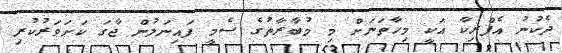
ދެކުނު އެފްރިކާ އަކީ މިހާތަނަށް މި މުބާރާތުގެ ސެމީ ފައިނަލުން ޖާގަ ކަށަވަރުކުރި